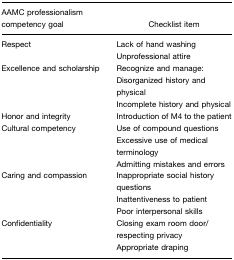
| AAMC professionalism competency goal | Checklist item |
 | --- | --- |
 | Respect | Lack of hand washing |
 |  | Unprofessional attire |
 | Excellence and scholarship | Recognize and manage:Disorganized history and physical |
 |  | Incomplete history and physical |
 | Honor and integrity | Introduction of M4 to the patient |
 | Cultural competency | Use of compound questions |
 |  | Excessive use of medical terminologyAdmitting mistakes and errors |
 | Caring and compassion | Inappropriate social history questions |
 |  | Inattentiveness to patient |
 |  | Poor interpersonal skills |
 | Confidentiality | Closing exam room door/respecting privacyAppropriate draping |